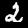
Label: 2